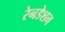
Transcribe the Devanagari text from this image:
रेनडेशन